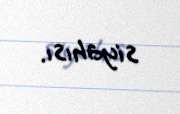
siyahısı.